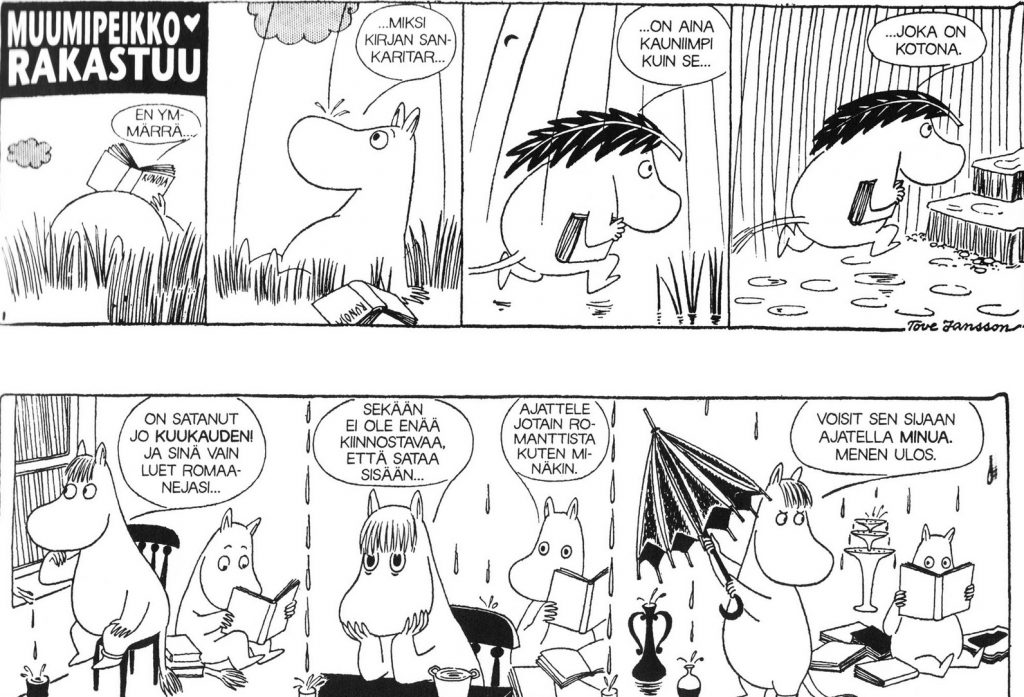
Language: fn